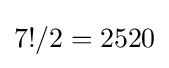
7!/2=2520